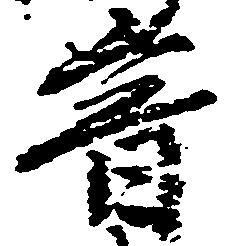
音